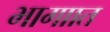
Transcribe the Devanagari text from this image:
भागाात